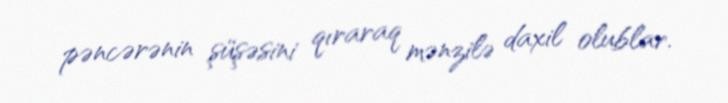
pəncərənin şüşəsini qıraraq mənzilə daxil olublar.